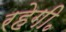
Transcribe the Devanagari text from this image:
रहेगी॰